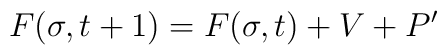
F(\sigma, t+1) = F(\sigma,t) + V + P'